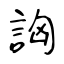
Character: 詾